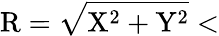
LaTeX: {\mathrm R}=\sqrt{{\mathrm X}^{2}+{\mathrm Y}^{2}}<